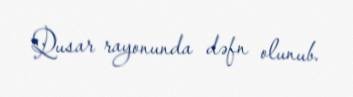
Qusar rayonunda dəfn olunub.